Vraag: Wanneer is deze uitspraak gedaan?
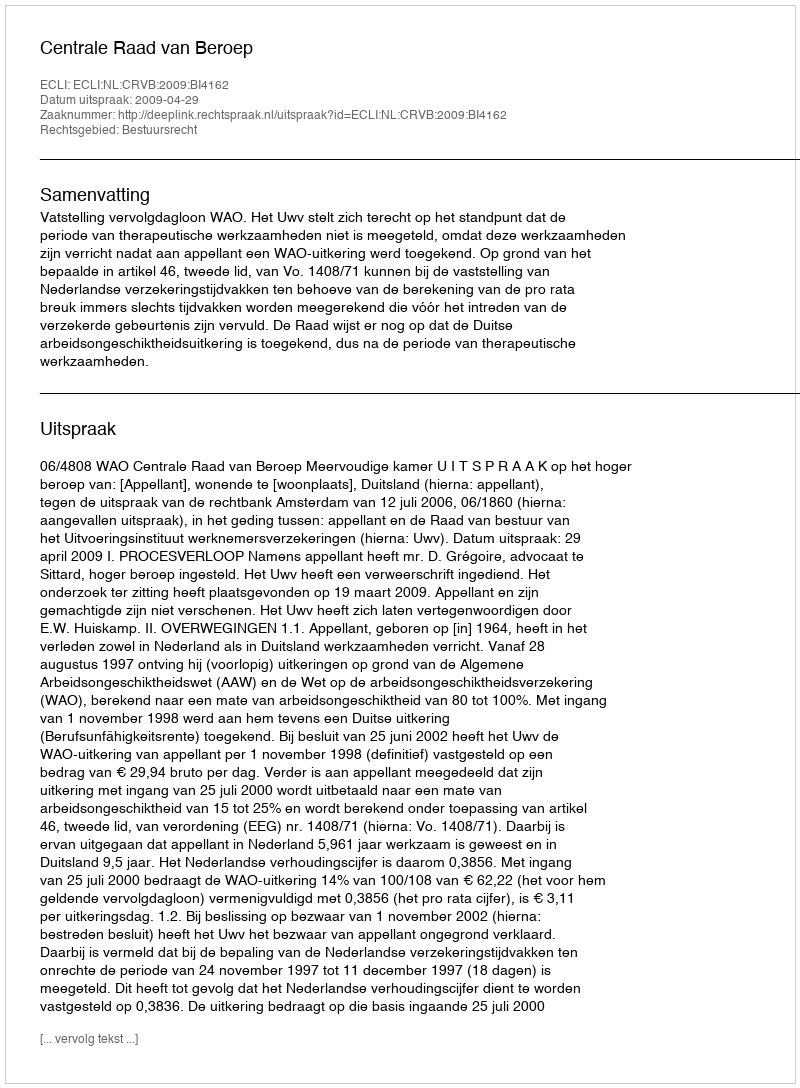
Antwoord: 2009-04-29